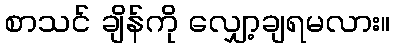
စာသင် ချိန်ကို လျှော့ချရမလား။